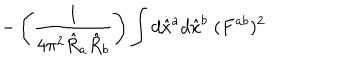
LaTeX: - \left( \frac { 1 } { 4 \pi ^ { 2 } \hat { R } _ { a } \hat { R } _ { b } } \right) \int d \hat { x } ^ { a } d \hat { x } ^ { b } \; ( F ^ { a b } ) ^ { 2 }